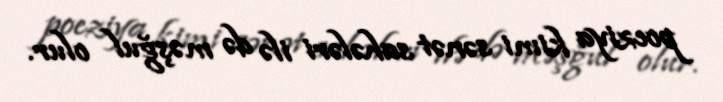
poeziya kimi sənət sahələri ilə də məşğul olur.